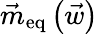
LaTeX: \vec{m}_{\mathrm{eq}}\left(\vec{w}\right)